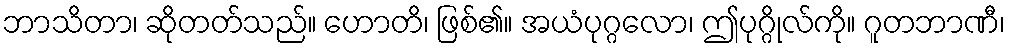
ဘာသိတာ၊ ဆိုတတ်သည်။ ဟောတိ၊ ဖြစ်၏။ အယံပုဂ္ဂလော၊ ဤပုဂ္ဂိုလ်ကို။ ဂူတဘာဏီ၊